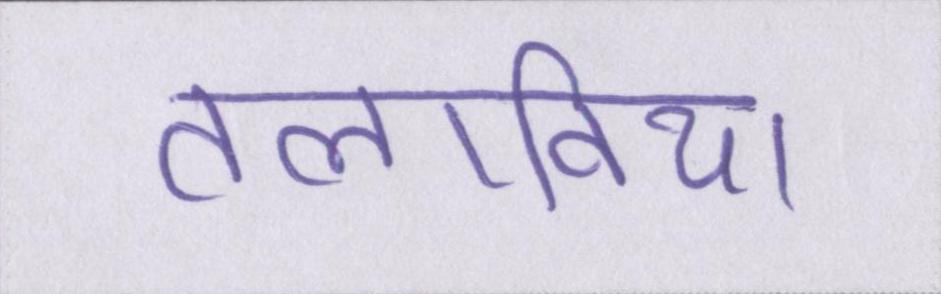
तलाविया